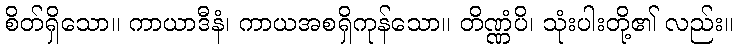
စိတ်ရှိသော။ ကာယာဒီနံ၊ ကာယအစရှိကုန်သော။ တိဏ္ဏံပိ၊ သုံးပါးတို့၏ လည်း။